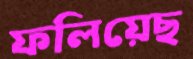
ফলিয়েছ